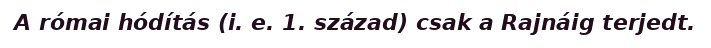
A római hódítás (i. e. 1. század) csak a Rajnáig terjedt.